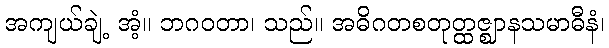
အကျယ်ချဲ့ အံ့။ ဘဂဝတာ၊ သည်။ အဓိဂတစတုတ္ထဇ္ဈာနသမာဓီနံ၊